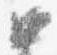
如